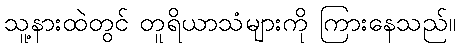
သူ့နားထဲတွင် တူရိယာသံများကို ကြားနေသည်။